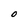
Character: 0